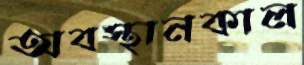
অবস্থানকাল